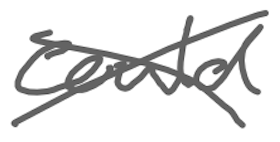
Text: could
Cross-out: cross
Writing tool: digital_gray